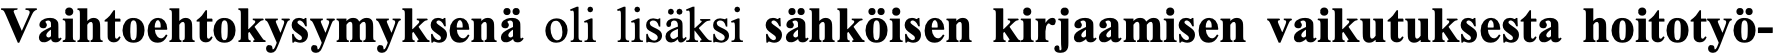
Vaihtoehtokysymyksenä oli lisäksi sähköisen kirjaamisen vaikutuksesta hoitotyö-